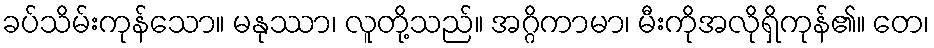
ခပ်သိမ်းကုန်သော။ မနုဿာ၊ လူတို့သည်။ အဂ္ဂိကာမာ၊ မီးကိုအလိုရှိကုန်၏။ တေ၊